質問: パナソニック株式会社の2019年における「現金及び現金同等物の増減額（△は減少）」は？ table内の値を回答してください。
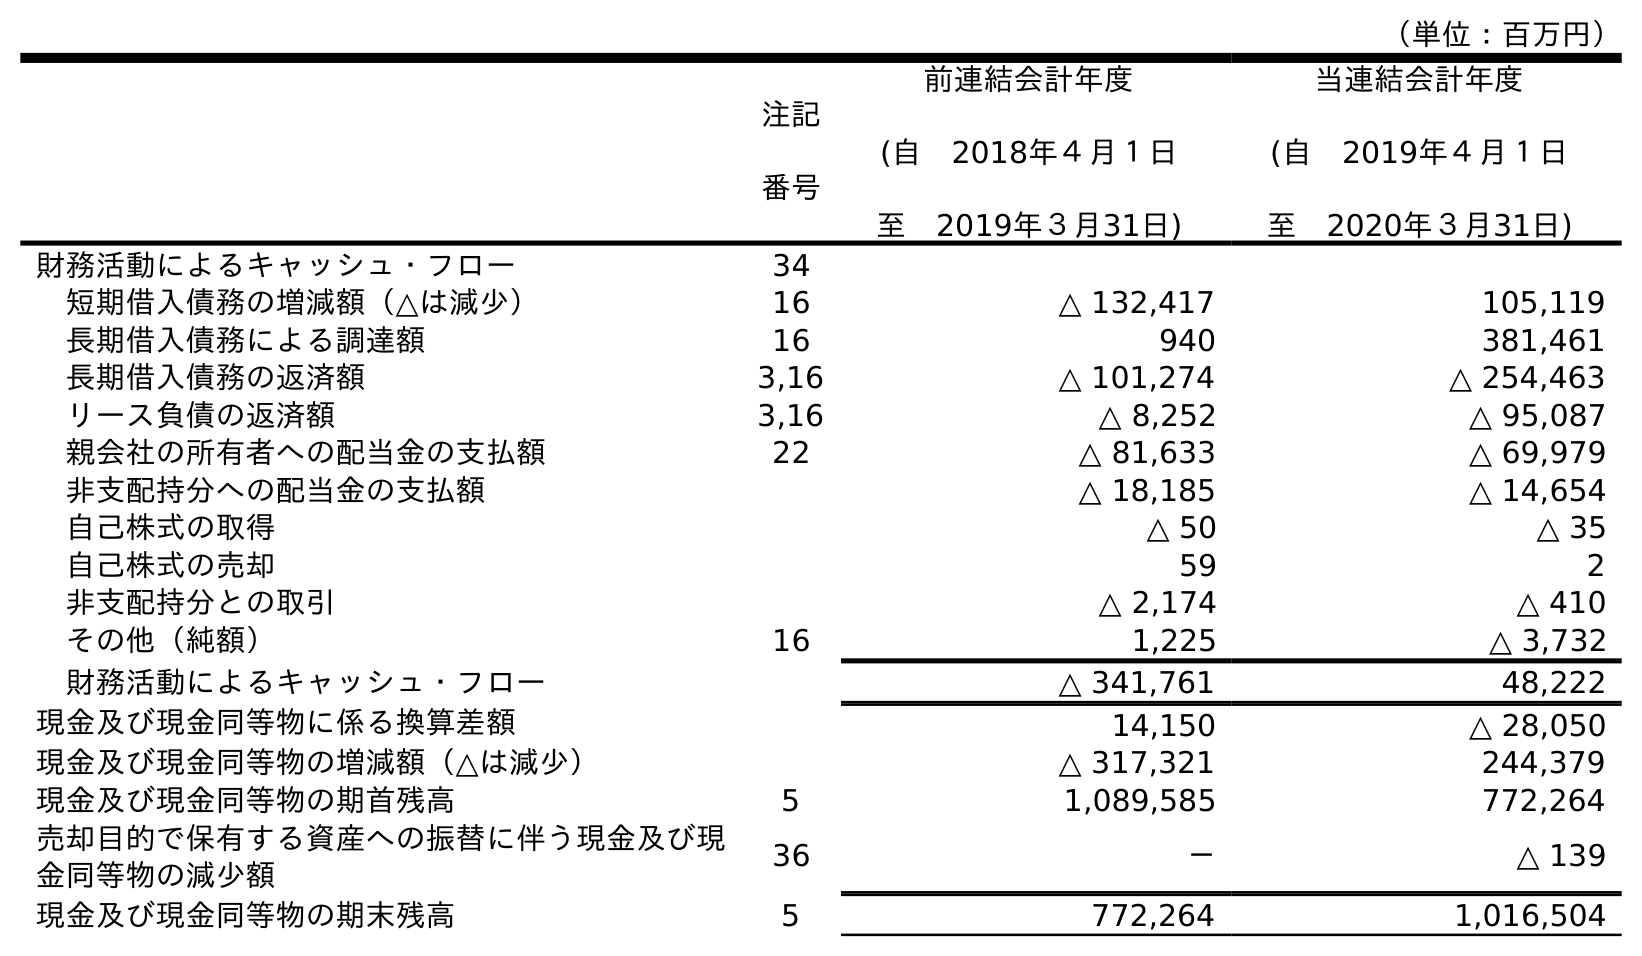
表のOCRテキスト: （単位：百万円） 注記 番号 前連結会計年度 (自 2018年４月１日 至 2019年３月31日) 当連結会計年度 (自 2019年４月１日 至 2020年３月31日) 財務活動によるキャッシュ・フロー 34 短期借入債務の増減額（△は減少） 16 △ 132,417 105,119 長期借入債務による調達額 16 940 381,461 長期借入債務の返済額 3,16 △ 101,274 △ 254,463 リース負債の返済額 3,16 △ 8,252 △ 95,087 親会社の所有者への配当金の支払額 22 △ 81,633 △ 69,979 非支配持分への配当金の支払額 △ 18,185 △ 14,654 自己株式の取得 △ 50 △ 35 自己株式の売却 59 2 非支配持分との取引 △ 2,174 △ 410 その他（純額） 16 1,225 △ 3,732 財務活動によるキャッシュ・フロー △ 341,761 48,222 現金及び現金同等物に係る換算差額 14,150 △ 28,050 現金及び現金同等物の増減額（△は減少） △ 317,321 244,379 現金及び現金同等物の期首残高 5 1,089,585 772,264 売却目的で保有する資産への振替に伴う現金及び現 金同等物の減少額 36 － △ 139 現金及び現金同等物の期末残高 5 772,264 1,016,504
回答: △317,321